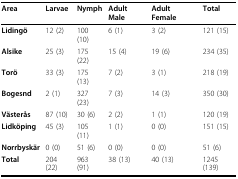
| Area | Larvae | Nymph | Adult Male | Adult Female | Total |
 | --- | --- | --- | --- | --- | --- |
 | Lidingö | 12 (2) | 100 (10) | 6 (1) | 3 (2) | 121 (15) |
 | Alsike | 25 (3) | 175 (22) | 15 (4) | 19 (6) | 234 (35) |
 | Torö | 33 (3) | 175 (13) | 7 (2) | 3 (1) | 218 (19) |
 | Bogesnd | 2 (1) | 327 (23) | 7 (3) | 14 (3) | 350 (30) |
 | Västerås | 87 (10) | 30 (6) | 2 (2) | 1 (1) | 120 (19) |
 | Lidköping | 45 (3) | 105 (11) | 1 (1) | 0 (0) | 151 (15) |
 | Norrbyskär | 0 (0) | 51 (6) | 0 (0) | 0 (0) | 51 (6) |
 | Total | 204 (22) | 963 (91) | 38 (13) | 40 (13) | 1245 (139) |